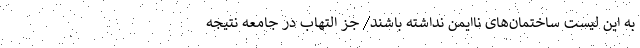
به این لیست‌ ساختمان‌های ناایمن نداشته باشند/ جز التهاب در جامعه نتیجه